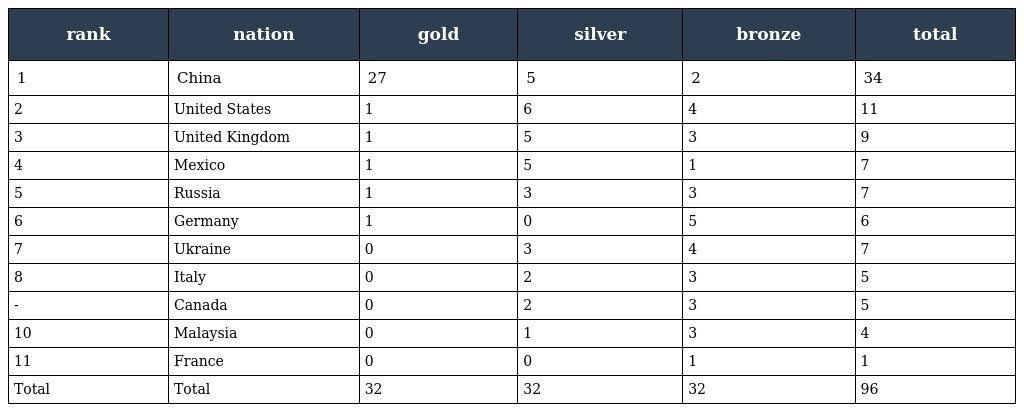
| rank | nation | gold | silver | bronze | total |
 | --- | --- | --- | --- | --- | --- |
 | 1 | China | 27 | 5 | 2 | 34 |
 | 2 | United States | 1 | 6 | 4 | 11 |
 | 3 | United Kingdom | 1 | 5 | 3 | 9 |
 | 4 | Mexico | 1 | 5 | 1 | 7 |
 | 5 | Russia | 1 | 3 | 3 | 7 |
 | 6 | Germany | 1 | 0 | 5 | 6 |
 | 7 | Ukraine | 0 | 3 | 4 | 7 |
 | 8 | Italy | 0 | 2 | 3 | 5 |
 | - | Canada | 0 | 2 | 3 | 5 |
 | 10 | Malaysia | 0 | 1 | 3 | 4 |
 | 11 | France | 0 | 0 | 1 | 1 |
 | Total | Total | 32 | 32 | 32 | 96 |